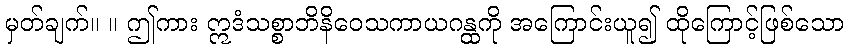
မှတ်ချက်။ ။ ဤကား ဣဒံသစ္စာဘိနိဝေသကာယဂန္ထကို အကြောင်းယူ၍ ထိုကြောင့်ဖြစ်သော